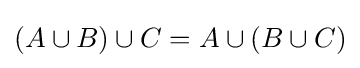
(A\cup B)\cup C=A\cup (B\cup C)